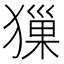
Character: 㺐